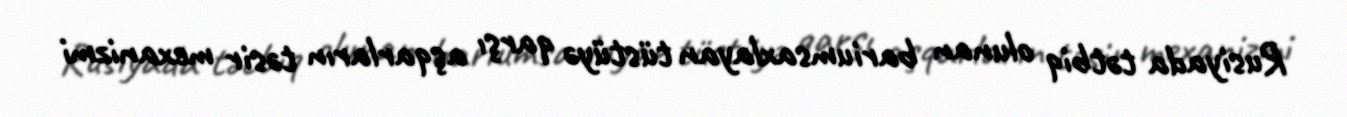
Rusiyada tətbiq olunan bariumsaxlayan tüstüyə qarşı aşqarların təsir mexanizmi